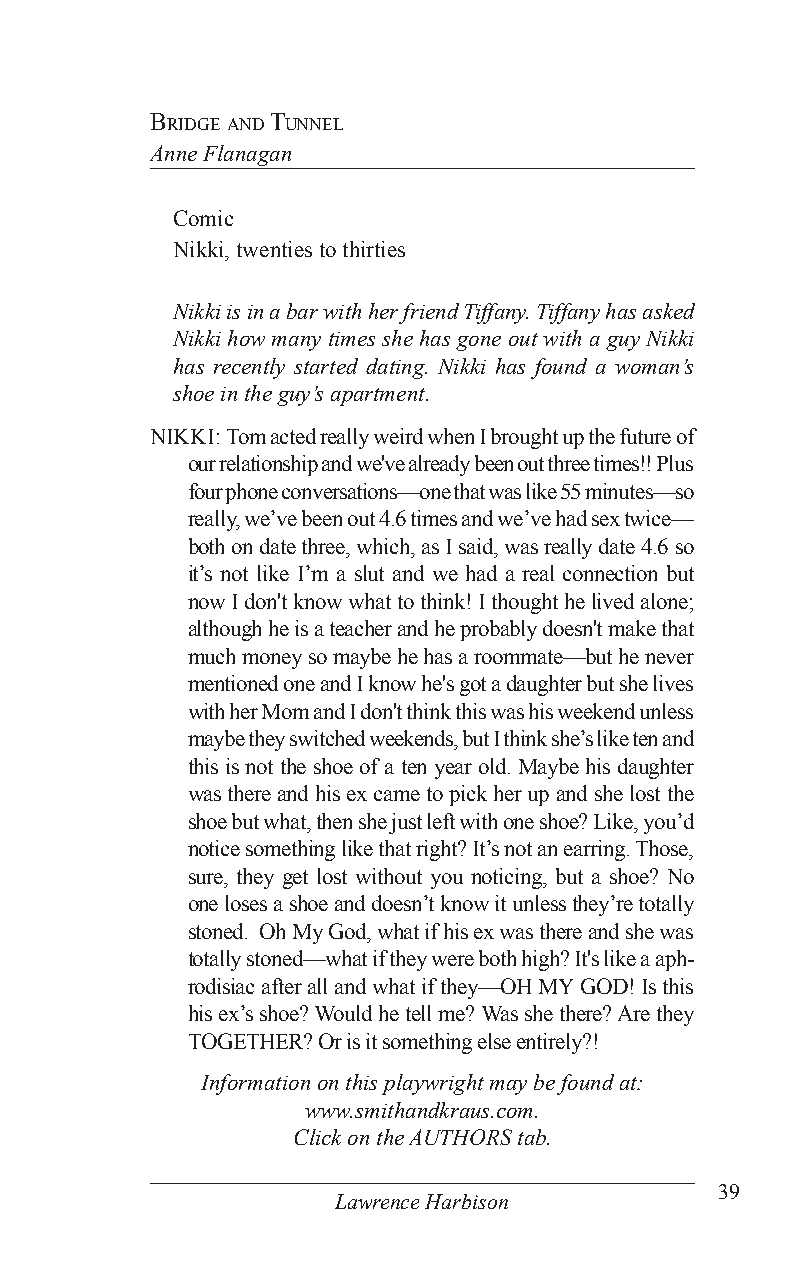
Bridge and Tunnel
 Anne Flanagan
 Comic
 Nikki, twenties to thirties
 Nikki is in a bar with her friend Tiffany. Tiffany has asked
 Nikki how many times she has gone out with a guy Nikki
 has recently started dating. Nikki has found a woman’s
 shoe in the guy’s apartment.
 NIKKI: Tom acted really weird when I brought up the future of
 our relationship and we've already been out three times!! Plus
 four phone conversations—one that was like 55 minutes—so
 really, we’ve been out 4.6 times and we’ve had sex twice—
 both on date three, which, as I said, was really date 4.6 so
 it’s not like I’m a slut and we had a real connection but
 now I don't know what to think! I thought he lived alone;
 although he is a teacher and he probably doesn't make that
 much money so maybe he has a roommate—but he never
 mentioned one and I know he's got a daughter but she lives
 with her Mom and I don't think this was his weekend unless
 maybe they switched weekends, but I think she’s like ten and
 this is not the shoe of a ten year old. Maybe his daughter
 was there and his ex came to pick her up and she lost the
 shoe but what, then she just left with one shoe? Like, you’d
 notice something like that right? It’s not an earring. Those,
 sure, they get lost without you noticing, but a shoe? No
 one loses a shoe and doesn’t know it unless they’re totally
 stoned. Oh My God, what if his ex was there and she was
 totally stoned—what if they were both high? It's like a aph-
 rodisiac after all and what if they—OH MY GOD! Is this
 his ex’s shoe? Would he tell me? Was she there? Are they
 TOGETHER? Or is it something else entirely?!
 Information on this playwright may be found at:
 www.smithandkraus.com.
 Click on the AUTHORS tab.
 39
 Lawrence Harbison